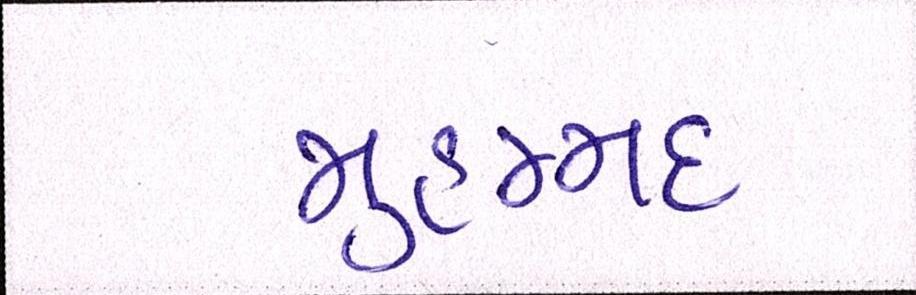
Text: મુહમ્મદ